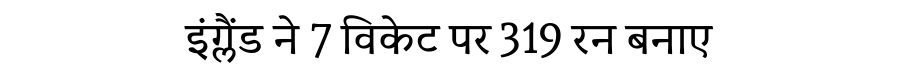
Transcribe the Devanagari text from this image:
इंग्लैंड ने 7 विकेट पर 319 रन बनाए